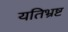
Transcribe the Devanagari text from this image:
यतिभ्रष्ट